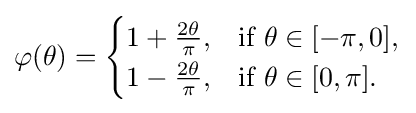
\varphi (\theta )={\begin{cases}1+{\frac {2\theta }{\pi }},&{\text{if }}\theta \in [-\pi ,0],\\1-{\frac {2\theta }{\pi }},&{\text{if }}\theta \in [0,\pi ].\\\end{cases}}